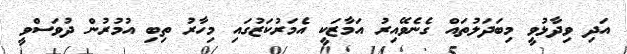
އަދި ވިދާޅުވީ މިބަދަލުތައް ގެނެވޭއިރު އަމާޒަކީ އެމަރުކަޒުގައި މިހާރު ތިބި އުމުރުން ދުވަސްވީ